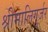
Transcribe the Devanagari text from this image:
श्रीमालिगुर्जर